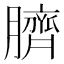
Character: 臍